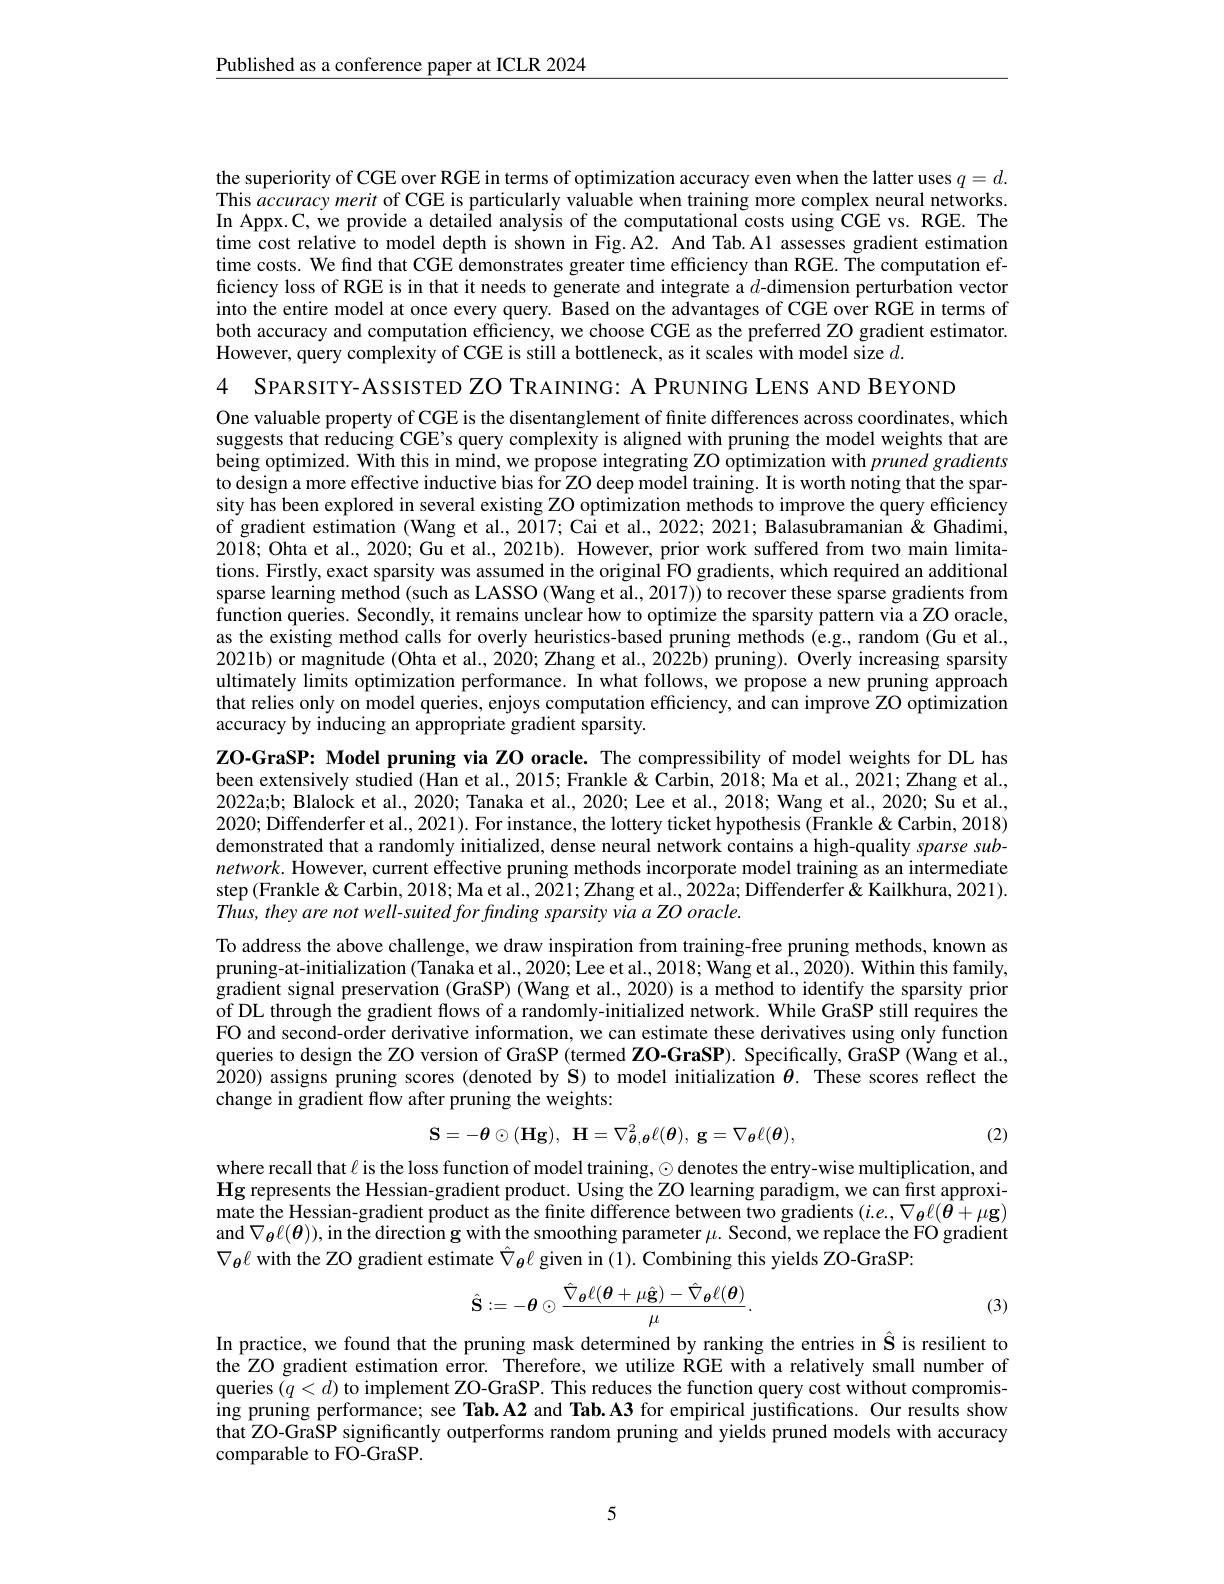
$\underline{\text{Published as a conference paper at ICLR 2024}}$

the superiority of CGE over RGE in terms of optimization accuracy even when the latter uses $q=d.$ This accuracy merit of CGE is particularly valuable when training more complex neural networks. In Appx. C, we provide a detailed analysis of the computational costs using CGE vs. RGE. The time cost relative to model depth is shown in Fig.A2. And Tab.Al assesses gradient estimation time costs. We find that CGE demonstrates greater time efficiency than RGE. The computation efficiency loss of RGE is in that it needs to generate and integrate a $d$-dimension perturbation vector into the entire model at once every query. Based on the advantages of CGE over RGE in terms of both accuracy and computation efficiency, we choose CGE as the preferred ZO gradient estimator. However, query complexity of CGE is still a bottleneck, as it scales with model size $d.$

4 SPARSITY-ASSISTED ZO TRAINING: A PRUNING LENS AND BEYOND

One valuable property of CGE is the disentanglement of finite differences across coordinates, which suggests that reducing CGE's query complexity is aligned with pruning the model weights that are being optimized. With this in mind, we propose integrating ZO optimization with pruned gradients to design a more effective inductive bias for ZO deep model training. It is worth noting that the sparsity has been explored in several existing ZO optimization methods to improve the query efficiency of gradient estimation (Wang et al., 2017; Cai et al., 2022; 2021; Balasubramanian&Ghadimi, 2018; Ohta et al., 2020; Gu et al., 2021b). However, prior work suffered from two main limitations. Firstly, exact sparsity was assumed in the original FO gradients, which required an additional sparse learning method (such as LASSO (Wang et al., 2017)) to recover these sparse gradients from function queries. Secondly, it remains unclear how to optimize the sparsity pattern via a ZO oracle, as the existing method calls for overly heuristics-based pruning methods (e.g., random (Gu et al., 2021b) or magnitude (Ohta et al., 2020; Zhang et al., 2022b) pruning). Overly increasing sparsity ultimately limits optimization performance. In what follows, we propose a new pruning approach that relies only on model queries, enjoys computation efficiency, and can improve ZO optimization accuracy by inducing an appropriate gradient sparsity.

ZO-GraSP: Model pruning via ZO oracle. The compressibility of model weights for DL has been extensively studied (Han et al., 2015; Frankle & Carbin, 2018; Ma et al., 2021; Zhang et al., 2022a;b; Blalock et al., 2020; Tanaka et al., 2020; Lee et al., 2018; Wang et al., 2020; Su et al. 2020; Diffenderfer et al., 2021). For instance, the lottery ticket hypothesis (Frankle&Carbin, 2018) demonstrated that a randomly initialized, dense neural network contains a high-quality sparse sub- $network.$ However, current effective pruning methods incorporate model training as an intermediate step (Frankle&Carbin, 2018; Ma et al., 2021; Zhang et al., 2022a; Diffenderfer & Kailkhura, 2021). Thus, they are not well-suited for finding sparsity via a ZO oracle.
To address the above challenge, we draw inspiration from training-free pruning methods, known as pruning-at-initialization (Tanaka et al., 2020; Lee et al., 2018; Wang et al., 2020). Within this family, gradient signal preservation (GraSP) (Wang et al., 2020) is a method to identify the sparsity prior of DL through the gradient flows of a randomly-initialized network. While GraSP still requires the FO and second-order derivative information, we can estimate these derivatives using only function queries to design the ZO version of GraSP (termed ZO-GraSP). Specifically, GraSP (Wang et al., 2020) assigns pruning scores (denoted by S) to model initialization $\theta.$ These scores reflect the change in gradient flow after pruning the weights:
$$\mathbf{S}=-\boldsymbol{\theta}\odot(\mathbf{Hg}),\:\mathbf{H}=\nabla_{\boldsymbol{\theta},\boldsymbol{\theta}}^{2}\ell(\boldsymbol{\theta}),\:\mathbf{g}=\nabla_{\boldsymbol{\theta}}\ell(\boldsymbol{\theta}),$$
(2)

where recall that $\ell$ is the loss function of model training, $\odot$ denotes the entry-wise multiplication, and $\mathbf{Hg}$ represents the Hessian-gradient product. Using the ZO learning paradigm, we can first approximate the Hessian-gradient product as the finite difference between two gradients $(i.e.,\nabla_{\boldsymbol{\theta}}\ell(\hat{\boldsymbol{\theta}}+\mu\mathbf{g})$ and $\nabla_{\boldsymbol{\theta}}\ell(\boldsymbol{\theta})),\tilde{\text{in the direction g with the smoothing parameter }\mu}.$ Seconđ, we replace the FO gradient $\nabla_{\boldsymbol{\theta}}\ell$ with the ZO gradient estimate $\hat{\nabla}_{\boldsymbol{\theta}}\ell$ given in (1). Combining this yields ZO-GraSP:
$$\hat{\mathbf{S}}:=-\boldsymbol{\theta}\odot\frac{\hat{\nabla}_{\boldsymbol{\theta}}\ell(\boldsymbol{\theta}+\mu\hat{\mathbf{g}})-\hat{\nabla}_{\boldsymbol{\theta}}\ell(\boldsymbol{\theta})}{\mu}.$$
(3)

In practice, we found that the pruning mask determined by ranking the entries in $\hat{\mathbf{S}}$ is resilient to the ZO gradient estimation error. Therefore, we utilize RGE with a relatively small number of queries $(q<d)$ to implement ZO-GraSP. This reduces the function query cost without compromising pruning performance; see Tab. A2 and Tab. A3 for empirical justifications. Our results show that ZO-GraSP significantly outperforms random pruning and yields pruned models with accuracy comparable to FO-GraSP.

5